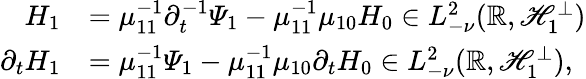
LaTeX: \begin{array}{rl}{H_{1}}&{=\mu_{11}^{-1}\partial_{t}^{-1}\varPsi_{1}-\mu_{11}^{-1}\mu_{10}H_{0}\in L_{-\nu}^{2}(\mathbb{R},\mathscr{H}_{1}^{\bot})}\\ {\partial_{t}H_{1}}&{=\mu_{11}^{-1}\varPsi_{1}-\mu_{11}^{-1}\mu_{10}\partial_{t}H_{0}\in L_{-\nu}^{2}(\mathbb{R},\mathscr{H}_{1}^{\bot}),}\end{array}